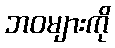
ဘဝများကို